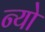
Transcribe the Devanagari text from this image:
न्यो